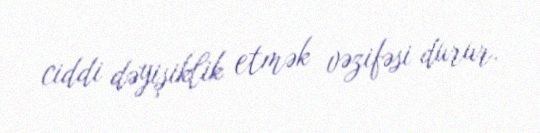
ciddi dəyişiklik etmək vəzifəsi durur.